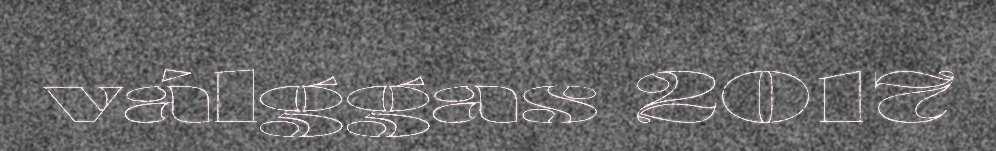
válggas 2017